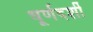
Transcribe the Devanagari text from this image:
धूर्णदर्शी